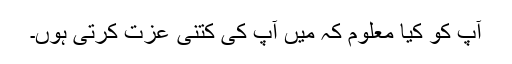
آپ کو کیا معلوم کہ میں آپ کی کتنی عزت کرتی ہُوں۔